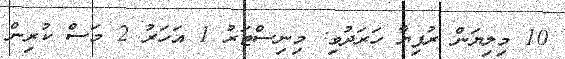
10 މިލިޔަން ރުފިޔާ ހަރަދުވި: މިނިސްޓަރު 1 އަހަރު 2 މަސް ކުރިން